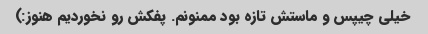
خیلی چیپس و ماستش تازه بود ممنونم. پفکش رو نخوردیم هنوز:)